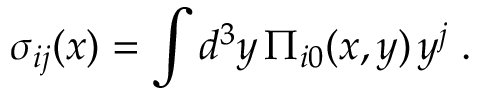
\sigma _ { i j } ( x ) = \int d ^ { 3 } y \, \Pi _ { i 0 } ( x , y ) \, y ^ { j } \; .